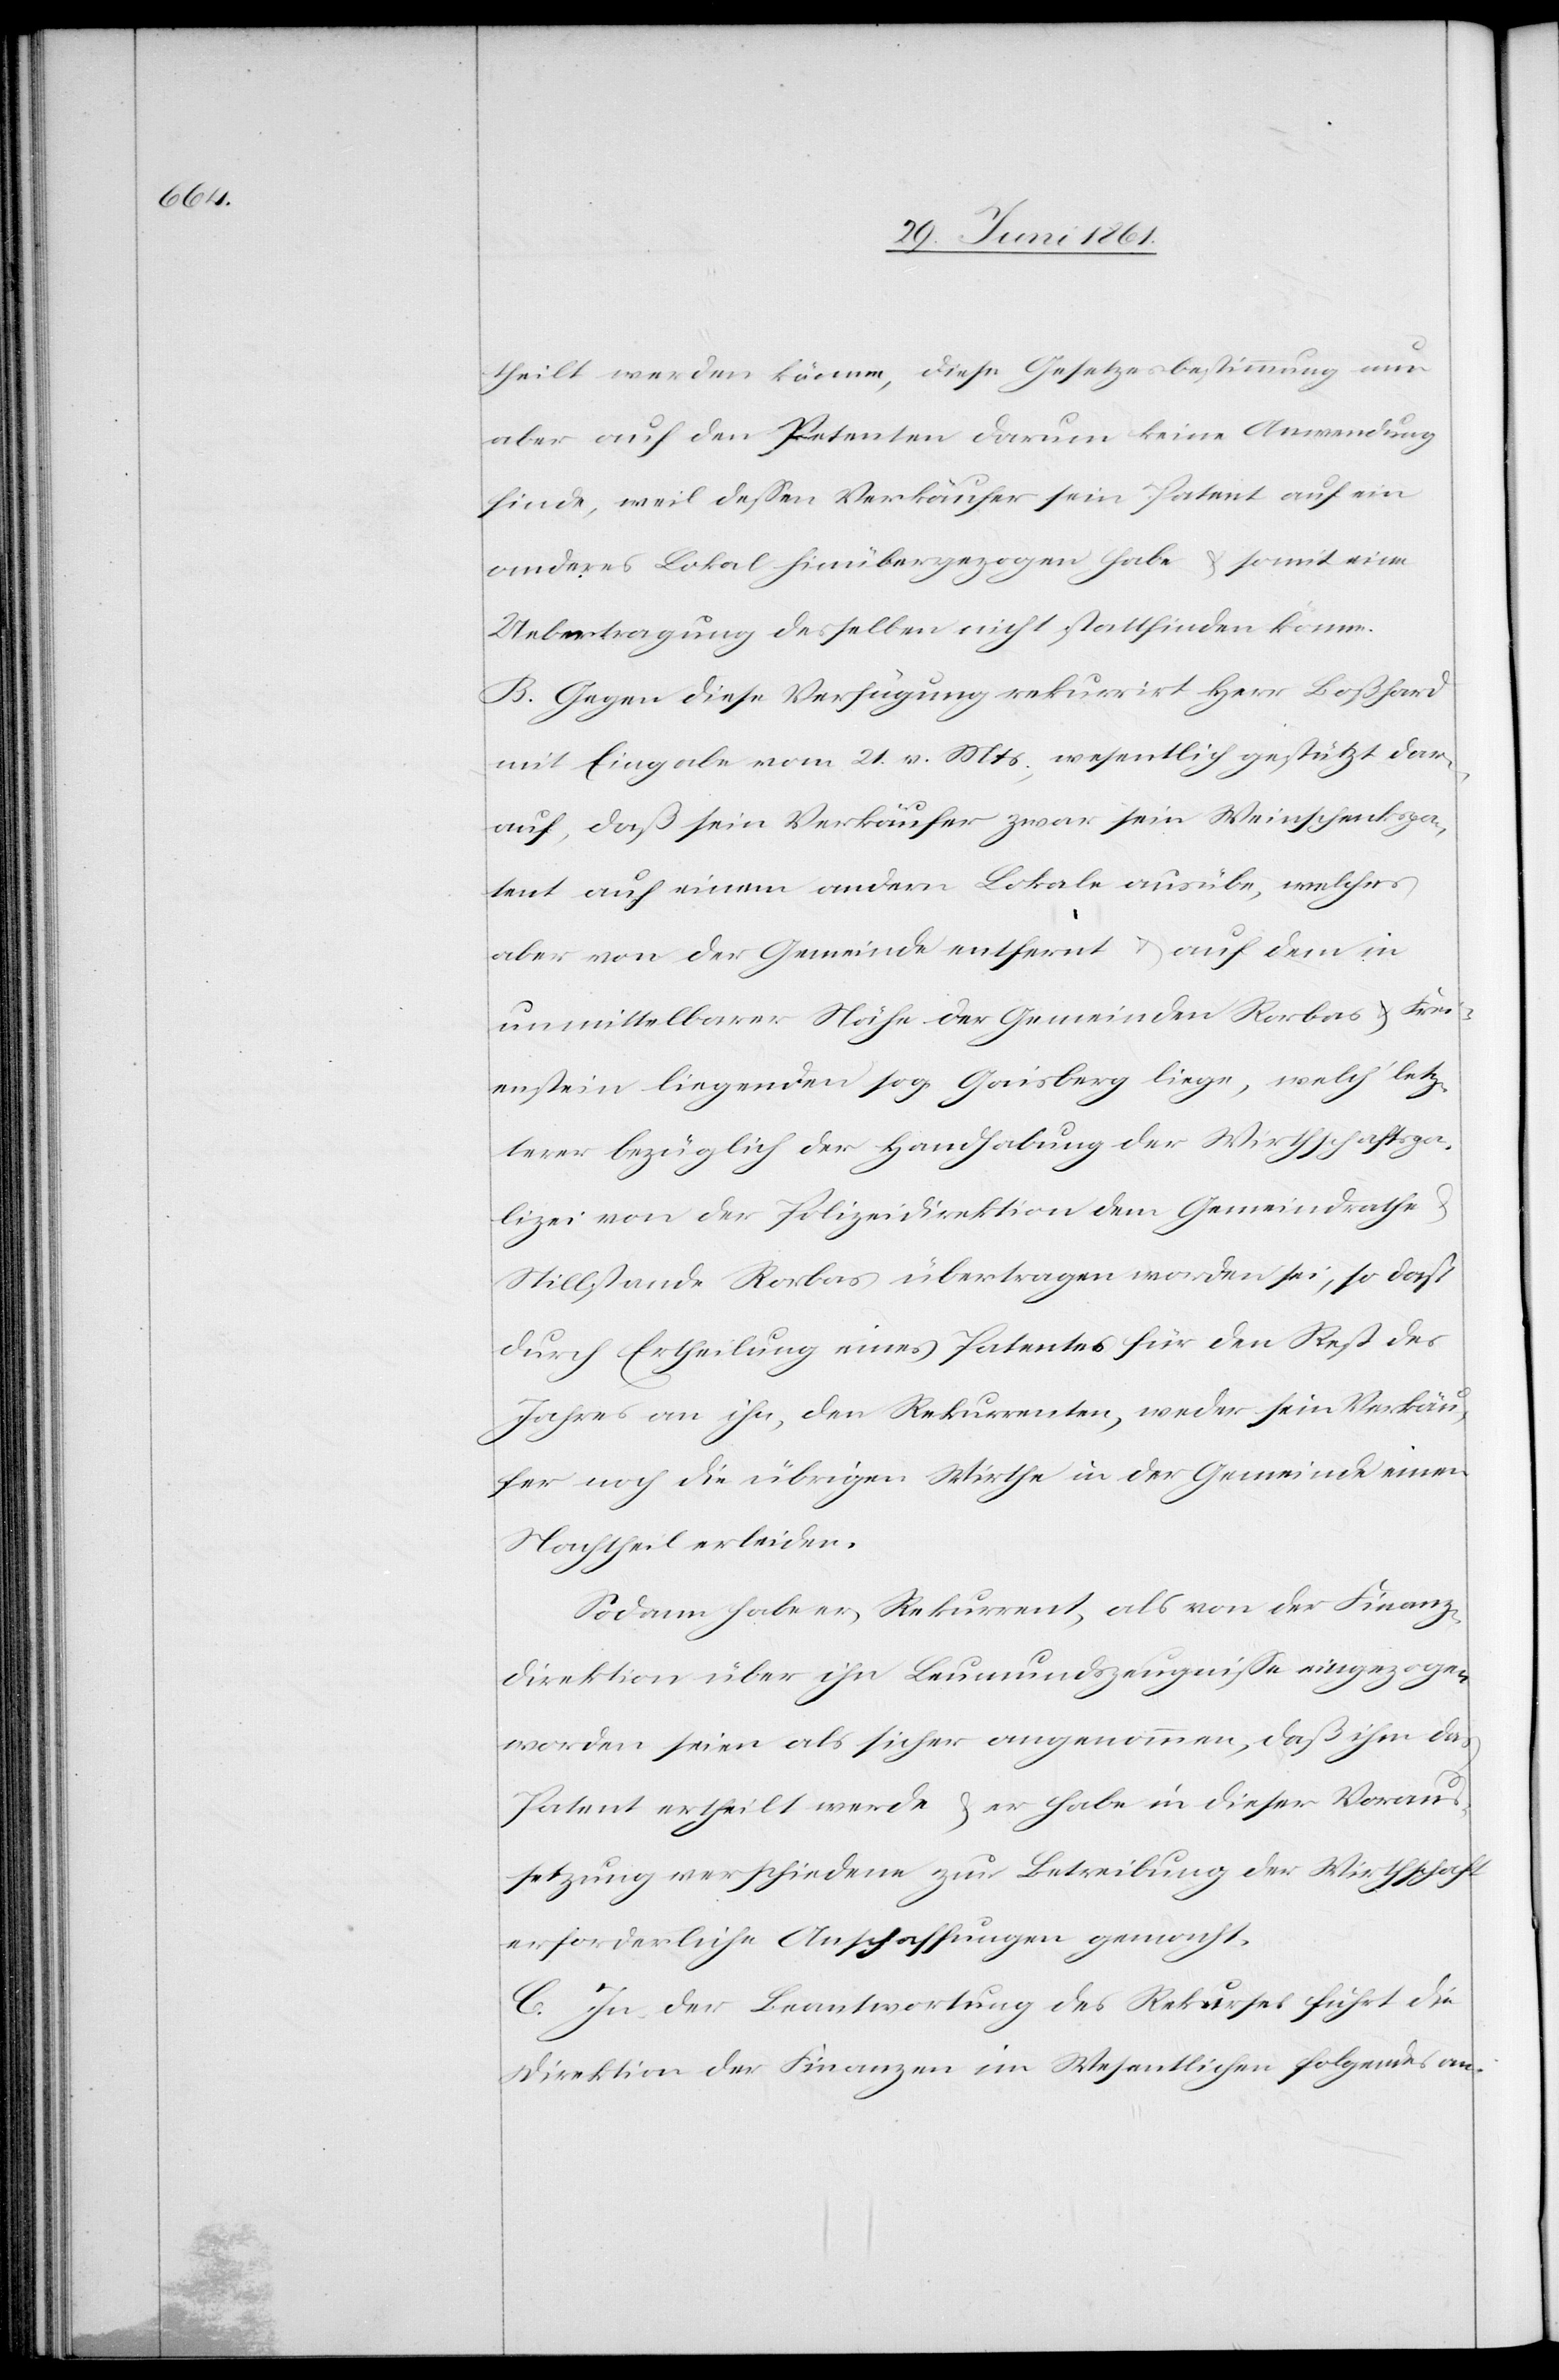
theilt werden können, diese Gesetzessammlung nun
aber auf den Petenten darum keine Anwendung
finde, weil dessen Verkäufer sein Patent auf ein
anderes Lokal hinübergezogen habe u. somit eine
Uebertragung desselben nicht stattfinden könne.
B. Gegen diese Verfügung rekurrirt Herr Boßhard
mit Eingabe vom 21. v. Mts., wesentlich gestützt dar¬
auf, daß sein Verkäufer zwar sein Weinschenkpa¬
tent auf einem andern Lokale ausübe, welches
aber von der Gemeinde entfernt u. auf dem in
unmittelbarer Nähe der Gemeinden Rorbas u. Frei¬
enstein liegenden sog. Gaisberg liege, welch’ letz¬
terer bezüglich der Handhabung der Wirthschaftspo¬
lizei von der Polizeidirektion dem Gemeindrathe
Stillstande Rorbas übertragen worden sei, so daß
durch Ertheilung eines Patentes für den Rest des
Jahres an ihn, den Rekurrenten, weder sein Verkäu¬
fer noch die übrigen Wirthe in der Gemeinde einen
Nachtheil erleiden.
Sodann habe er, Rekurrent, als von der Finanz¬
direktion über ihn Leumundszeugnisse eingezogen
worden seien als sicher angenommen, daß ihm das
Patent ertheilt werde u. er habe in dieser Voraus¬
setzung verschiedene zur Betreibung der Wirthschaft
erforderliche Anschaffungen gemacht.
C. In der Beantwortung des Rekurses führt die
Direktion der Finanzen im Wesentlichen folgendes an: